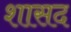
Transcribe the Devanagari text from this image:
शासद